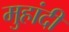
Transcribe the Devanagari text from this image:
मुहांदी